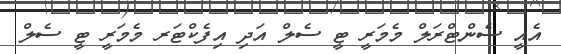
އެއީ ސެންޓްރަލް މެމަރީ ޓީ ސެލް އަދި އިފެކްޓަރ މެމަރީ ޓީ ސެލް